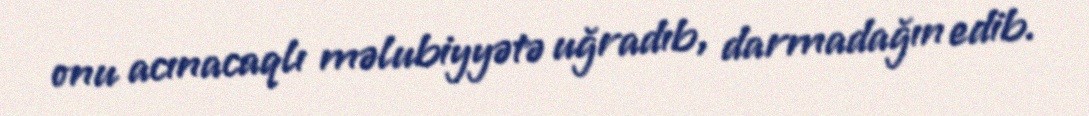
onu acınacaqlı məlubiyyətə uğradıb, darmadağın edib.